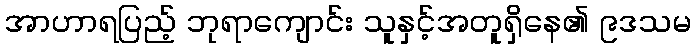
အာဟာရပြည့် ဘုရာကျောင်း သူနှင့်အတူရှိနေ၏ ၉ဒသမ